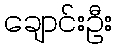
ချောင်းဦး